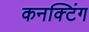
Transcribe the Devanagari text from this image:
कनक्टिंग